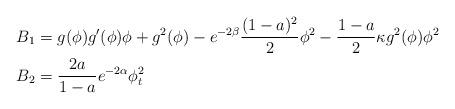
LaTeX: \begin{align*} B_1 &= g(\phi) g'(\phi) \phi + g^2(\phi) - e^{-2\beta} \frac{(1-a)^2}{2} \phi^2 - \frac{1-a}{2} \kappa g^2(\phi) \phi^2 \\ B_2 &= \frac{2a}{1-a} e^{-2\alpha} \phi_t^2 \end{align*}